Plague in India, 1896, 1897 - Volume 1
Year: 1896
Disease focus: Plague
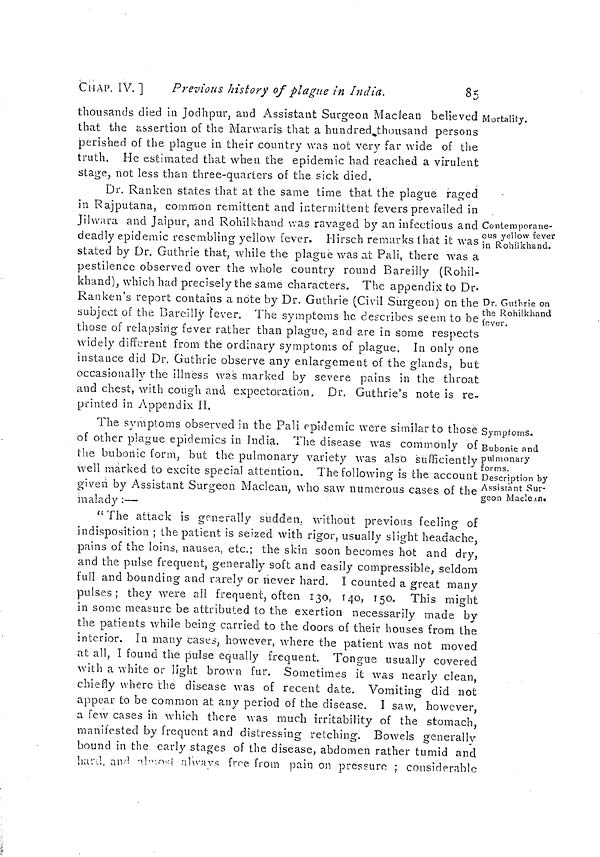
CHAP. IV. ]
Previous history of plague in India.
85
Mortality.
thousands died in Jodhpur, and Assistant Surgeon Maclean believed
that the assertion of the Marwaris that a hundred thousand persons
perished of the plague in their country was not very far wide of the
truth. He estimated that when the epidemic had reached a virulent
stage, not less than three-quarters of the sick died.
Contemporane-
ous yellow fever
in Rohilkhand.
Dr. Guthrie on
the Rohilkhand
fever.
Dr. Ranken states that at the same time that the plague raged
in Rajputana, common remittent and intermittent fevers prevailed in
Jilwara and Jaipur, and Rohilkhand was ravaged by an infectious and '
deadly epidemic resembling yellow fever. Hirsch remarks that it was
stated by Dr. Guthrie that, while the plague was at Pali, there was a
pestilence observed over the whole country round Bareilly (Rohil-
khand), which had precisely the same characters. The appendix to Dr.
Ranken's report contains a note by Dr. Guthrie (Civil Surgeon) on the
subject oí the Bareilly fever. The symptoms he describes seem to be
those of relapsing fever rather than plague, and are in some respects
widely different from the ordinary symptoms of plague. In only one
instance did Dr. Guthrie observe any enlargement of the glands, but
occasionally the illness was marked by severe pains in the throat
and chest, with cough and expectoration. Dr. Guthrie's note is re-
printed in Appendix II.
Symptoms.
Bubonic and
pulmonary
forms.
Description by
Assistant Sur-
geon Maclean.
The symptoms observed in the Pali epidemic were similar to those
of other plague epidemics in India. The disease was commonly of
the bubonic form, but the pulmonary variety was also sufficiently
well marked to excite special attention. The following is che account
given by Assistant Surgeon Maclean, who saw numerous cases of the
malady :—
"The attack is generally sudden, without previous feeling of
indisposition ; the patient is seized with rigor, usually slight headache,
pains of the loins, nausea, etc.; the skin soon becomes hot and dry,
and the pulse frequent, generally soft and easily compressible, seldom
full and bounding and rarely or never hard. I counted a great many
pulses; they were ail frequent, often 130, 140, 150. This might
in some measure be attributed to the exertion necessarily made by
the patients while being carried to the doors of their houses from the
interior. In many cases, however, where the patient was not moved
at all, I found the pulse equally frequent Tongue usually covered
with a white or light brown fur. Sometimes it was nearly clean,
chiefly where the disease was of recent date. Vomiting did not
appear to be common at any period of the disease. I saw, however,
a few cases in which there was much irritability of the stomach,
manifested by frequent and distressing retching. Bowels generally
bound in the early stages of the disease, abdomen rather tumid and
hard, and almost always free from pain on pressure ; considerable